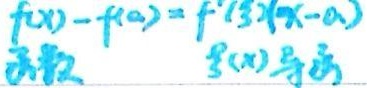
函数 \(f(x)\)，\(f'(x)\)为其导数。

\[
\begin{matrix}
f(x)-f(a)&=&f'(\xi)(x - a)\\
\end{matrix}
\]